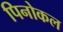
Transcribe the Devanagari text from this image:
पिनोकल